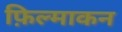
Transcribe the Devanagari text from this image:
फ़िल्माकन